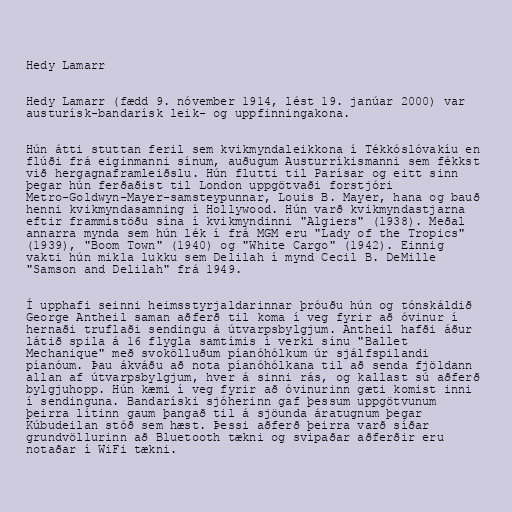
Hedy Lamarr

Hedy Lamarr (fædd 9. nóvember 1914, lést 19. janúar 2000) var
austurísk-bandarísk leik- og uppfinningakona.

Hún átti stuttan feril sem kvikmyndaleikkona í Tékkóslóvakíu en
flúði frá eiginmanni sínum, auðugum Austurríkismanni sem fékkst
við hergagnaframleiðslu. Hún flutti til Parísar og eitt sinn
þegar hún ferðaðist til London uppgötvaði forstjóri
Metro-Goldwyn-Mayer-samsteypunnar, Louis B. Mayer, hana og bauð
henni kvikmyndasamning í Hollywood. Hún varð kvikmyndastjarna
eftir frammistöðu sína í kvikmyndinni "Algiers" (1938). Meðal
annarra mynda sem hún lék í frá MGM eru "Lady of the Tropics"
(1939), "Boom Town" (1940) og "White Cargo" (1942). Einnig
vakti hún mikla lukku sem Delilah í mynd Cecil B. DeMille
"Samson and Delilah" frá 1949.

Í upphafi seinni heimsstyrjaldarinnar þróuðu hún og tónskáldið
George Antheil saman aðferð til koma í veg fyrir að óvinur í
hernaði truflaði sendingu á útvarpsbylgjum. Antheil hafði áður
látið spila á 16 flygla samtímis í verki sínu "Ballet
Mechanique" með svokölluðum píanóhólkum úr sjálfspilandi
píanóum. Þau ákváðu að nota píanóhólkana til að senda fjöldann
allan af útvarpsbylgjum, hver á sinni rás, og kallast sú aðferð
bylgjuhopp. Hún kæmi í veg fyrir að óvinurinn gæti komist inni
í sendinguna. Bandaríski sjóherinn gaf þessum uppgötvunum
þeirra lítinn gaum þangað til á sjöunda áratugnum þegar
Kúbudeilan stóð sem hæst. Þessi aðferð þeirra varð síðar
grundvöllurinn að Bluetooth tækni og svipaðar aðferðir eru
notaðar í WiFi tækni.